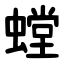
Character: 螳